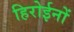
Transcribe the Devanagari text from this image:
हिरोईनों